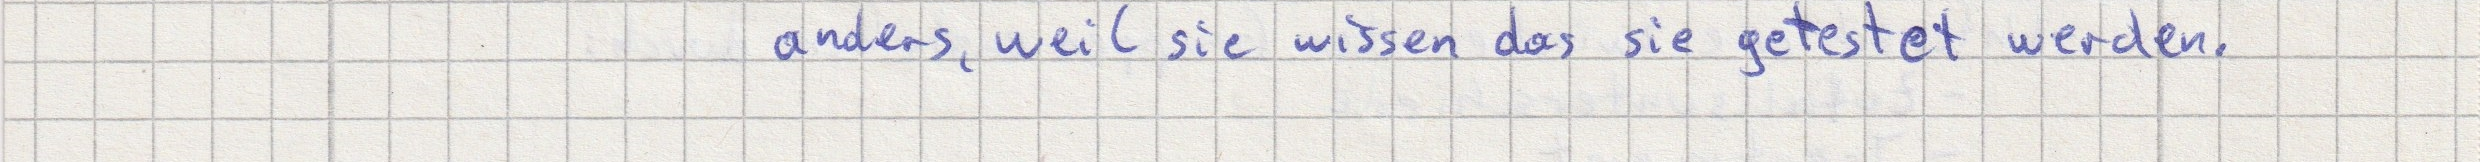
anders, weil sie wissen das sie getestet werden.